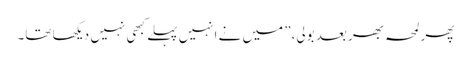
پھر لمحہ بھر بعد بولی،” میں نے انہیں پہلے کبھی نہیں دیکھا تھا۔